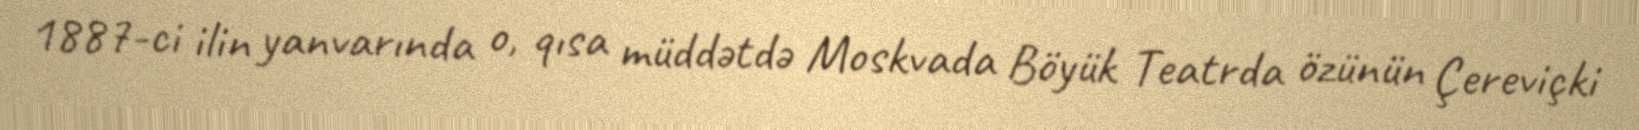
1887-ci ilin yanvarında o, qısa müddətdə Moskvada Böyük Teatrda özünün Çereviçki